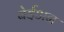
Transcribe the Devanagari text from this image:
बेईअन